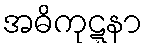
အဓိကုဋ္ဋနာ